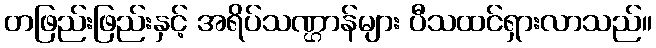
တဖြည်းဖြည်းနှင့် အရိပ်သဏ္ဌာန်များ ပီသထင်ရှားလာသည်။